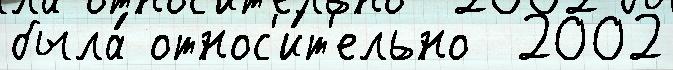
была́ относ'и́т'ельно  2002